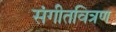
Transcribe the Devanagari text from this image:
संगीतवित्रण